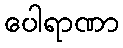
ပေါရာဏာ